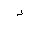
Letter: _hamza